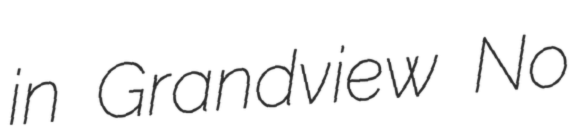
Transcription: in Grandview No